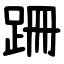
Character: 跚